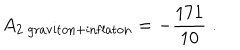
A _ { 2 \; \mathrm { g r a v i t o n } + \mathrm { i n f l a t o n } } = - { \frac { 1 7 1 } { 1 0 } } \; .